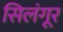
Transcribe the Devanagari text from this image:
सिलंगूर